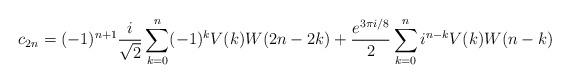
LaTeX: \begin{align*}c_{2n}=(-1)^{n+1}\frac{i}{\sqrt{2}}\sum_{k=0}^n (-1)^k V(k)W(2n-2k)+\frac{e^{3\pi i /8}}{2}\sum_{k=0}^n i^{n-k}V(k)W(n-k)\end{align*}